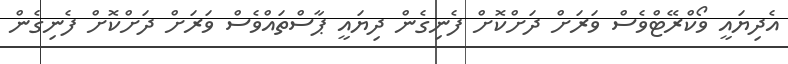
އެދިޔައީ ވޯކްރޭޓްވެސް ވަރަށް ދަށްކޮށް ފެނިގެން ދިޔައީ ޕާސްތައްވެސް ވަރަށް ދަށްކޮށް ފެނިގެން